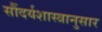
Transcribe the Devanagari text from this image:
सौंदर्यशास्त्रानुसार